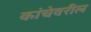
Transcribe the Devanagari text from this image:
कांचेवरील